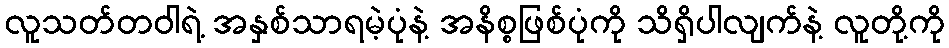
လူသတ်တဝါရဲ့ အနှစ်သာရမဲ့ပုံနဲ့ အနိစ္စဖြစ်ပုံကို သိရှိပါလျက်နဲ့ လူတို့ကို